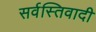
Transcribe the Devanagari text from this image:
सर्वस्तिवादी